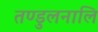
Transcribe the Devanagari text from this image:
तण्डुलनालि